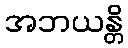
အဘယန္တိ